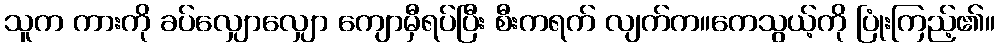
သူက ကားကို ခပ်လျှောလျှော ကျောမှီရပ်ပြီး စီးကရက် လျက်က။ကေသွယ့်ကို ပြုံးကြည့်၏။